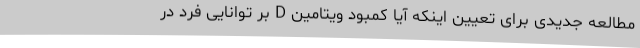
مطالعه جدیدی برای تعیین اینکه آیا کمبود ویتامین D بر توانایی فرد در